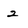
Character: 2